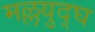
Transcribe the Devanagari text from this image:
मल्लयुद्घ